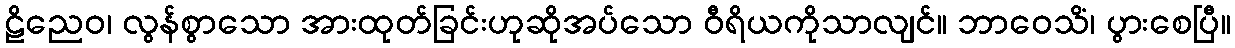
ဠိညေဝ၊ လွန်စွာသော အားထုတ်ခြင်းဟုဆိုအပ်သော ဝီရိယကိုသာလျင်။ ဘာဝေသိံ၊ ပွားစေပြီ။